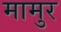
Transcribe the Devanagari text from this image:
मामुर